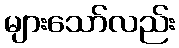
များသော်လည်း